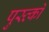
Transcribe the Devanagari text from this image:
पुस्त्कों